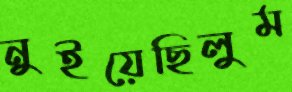
নুইয়েছিলুম